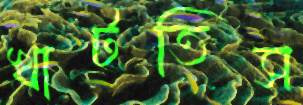
খাটতিস